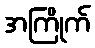
အကြိုက်